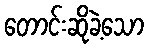
တောင်းဆိုခဲ့သော